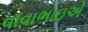
વાવાભાઇએ